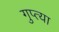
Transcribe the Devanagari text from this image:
गुप्त्या